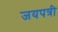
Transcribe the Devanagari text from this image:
जयपत्री